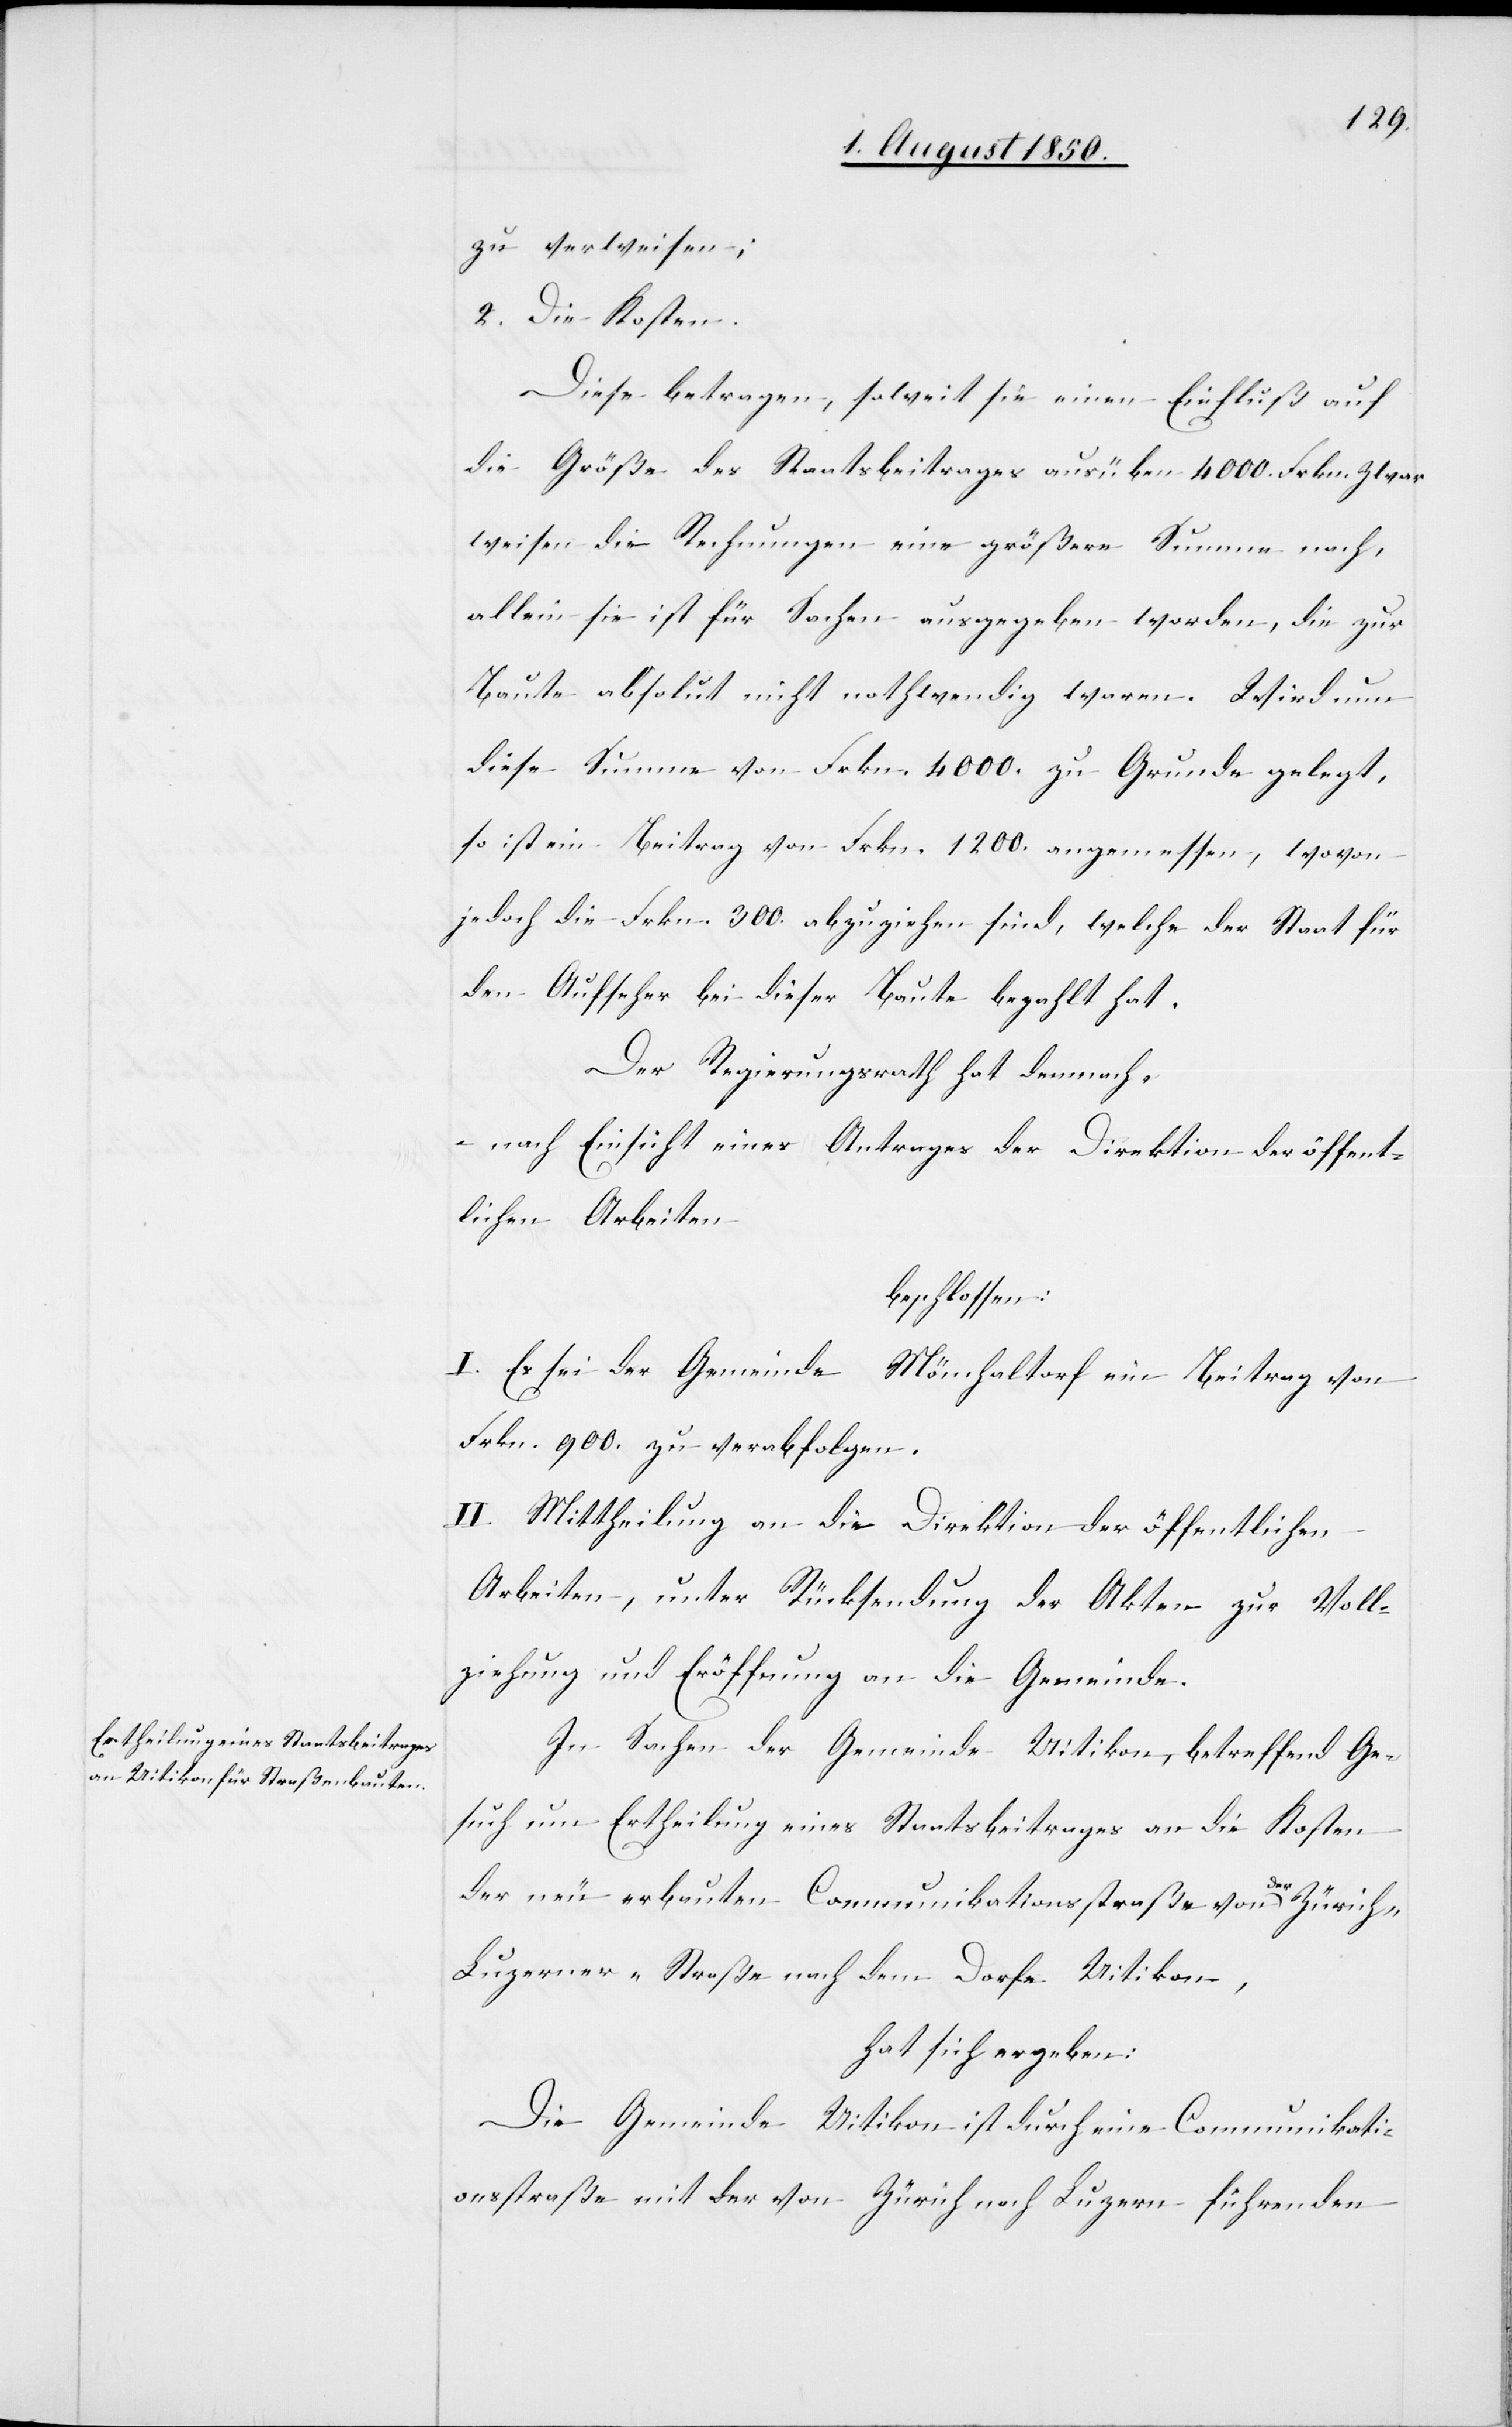
zu verweisen;
2. Die Kosten.
Diese betragen, soweit sie einen Einfluß auf
die Größe des Staatsbeitrages ausüben 4000. Frkn. zwar
weisen die Rechnungen eine größere Summe nach,
allein sie ist für Sachen ausgegeben worden, die zur
Baute absolut nicht nothwendig waren. Wird nun
diese Summe von Frkn. 4000. zu Grunde gelegt,
so ist ein Beitrag von Frkn. 1200. angemessen, wovon
jedoch die Frkn. 300. abzuziehen sind, welche der Staat für
den Aufseher bei dieser Baute bezahlt hat.
Der Regierungsrath hat demnach,
nach Einsicht eines Antrages der Direktion der öffent¬
lichen Arbeiten
beschlossen:
I. Es sei der Gemeinde Mönchaltorf ein Beitrag von
Frkn. 900. zu verabfolgen.
II. Mittheilung an die Direktion der öffentlichen
Arbeiten, unter Rücksendung der Akten zur Voll¬
ziehung und Eröffnung an die Gemeinde.
In Sachen der Gemeinde Uitikon, betreffend Ge¬
such um Ertheilung eines Staatsbeitrages an die Kosten
der neu erbauten Communikationsstraße von der Zürich-L¬
uzerner-Straße nach dem Dorfe Uitikon,
hat sich ergeben:
Die Gemeinde Uitikon ist durch eine Communikati¬
onsstraße mit der von Zürich nach Luzern führenden